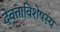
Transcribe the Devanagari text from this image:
देवताविशेषस्य